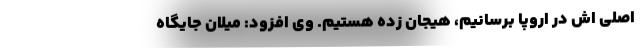
اصلی اش در اروپا برسانیم، هیجان زده هستیم. وی افزود: میلان جایگاه